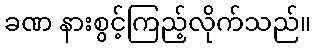
ခဏ နားစွင့်ကြည့်လိုက်သည်။